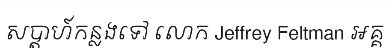
សប្តាហ៍កន្លងទៅ លោក Jeffrey Feltman អគ្គ